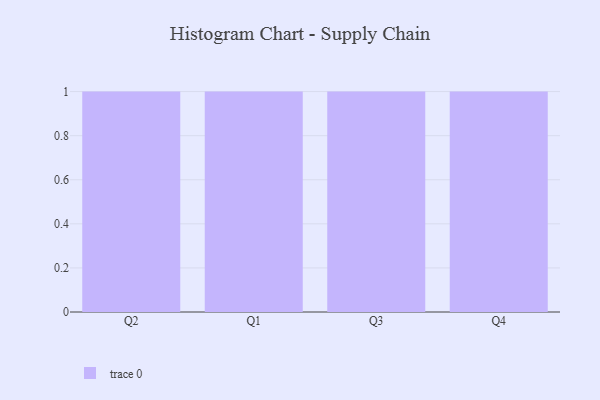
{"axis": {"x": "Quarter", "y": "Population (Million)"}, "legend": [""], "data": [{"x": "Q2", "y": 81, "type": ""}, {"x": "Q1", "y": 18, "type": ""}, {"x": "Q3", "y": 52, "type": ""}, {"x": "Q4", "y": 19, "type": ""}]}